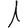
Digit: 1